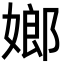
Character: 嫏